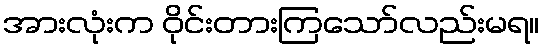
အားလုံးက ဝိုင်းတားကြသော်လည်းမရ။